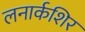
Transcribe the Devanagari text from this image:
लनार्कशिर